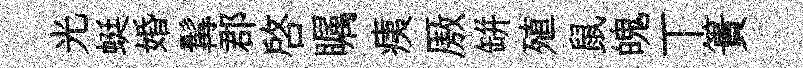
光蜓婚髯郡啓瞩痍厫缾殖鼠魄丅簣